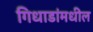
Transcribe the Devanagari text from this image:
गिधाडांमधील